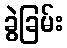
ခွဲခြမ်း